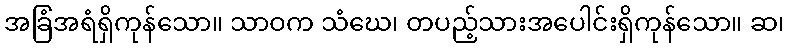
အခြံအရံရှိကုန်သော။ သာဝက သံဃေ၊ တပည့်သားအပေါင်းရှိကုန်သော။ ဆ၊